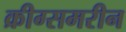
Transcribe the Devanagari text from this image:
क्रीग्समरीन